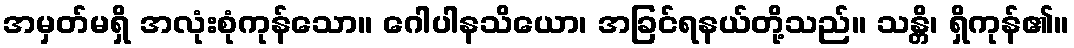
အမှတ်မရှိ အလုံးစုံကုန်သော။ ဂေါပါနသိယော၊ အခြင်ရနယ်တို့သည်။ သန္တိ၊ ရှိကုန်၏။